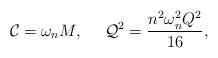
LaTeX: \begin{align*}{\cal C}= \omega_n M, \ \ \ \ {\cal Q}^2 = \frac{n^2 \omega_n ^2 Q^2}{16},\end{align*}